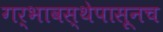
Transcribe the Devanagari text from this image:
गर्भावस्थेपासूनच